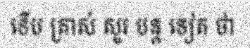
ទើប ត្រាស់ សួរ បន្ត ទៀត ថា